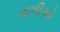
વાળીઓ